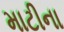
માટીના